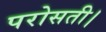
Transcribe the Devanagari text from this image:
परोसती।